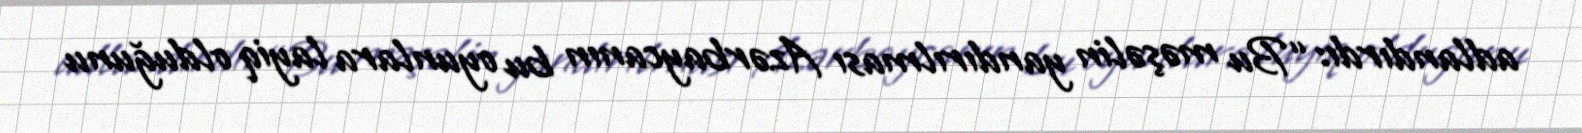
adlandırdı: “Bu məşəlin yandırılması Azərbaycanın bu oyunlara layiq olduğunu